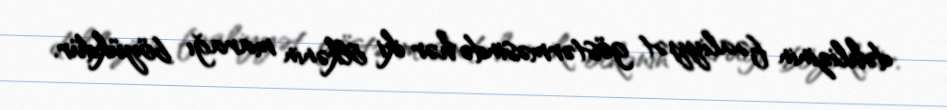
dəhlizinin fəaliyyət göstərməsində hər iki ölkənin marağı böyükdür.